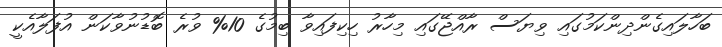
ބަހާލައިގެންދިންކަމުގައި ވިޔަސް ރާއްޖޭގައި މިހާރު ހިކިފައިވާ ބިމުގެ 10% ވުރެ ބޮޑުނުވާކަން އުފަލާއެކީ